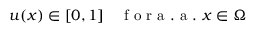
u ( x ) \in [ 0 , 1 ] \quad \mathrm { ~ f ~ o ~ r ~ a ~ . ~ a ~ . ~ } x \in \Omega